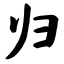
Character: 归